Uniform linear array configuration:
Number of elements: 32
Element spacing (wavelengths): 0.75
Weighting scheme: blackman
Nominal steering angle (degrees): -45
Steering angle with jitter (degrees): -43.46
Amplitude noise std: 0.05
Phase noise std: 0.05

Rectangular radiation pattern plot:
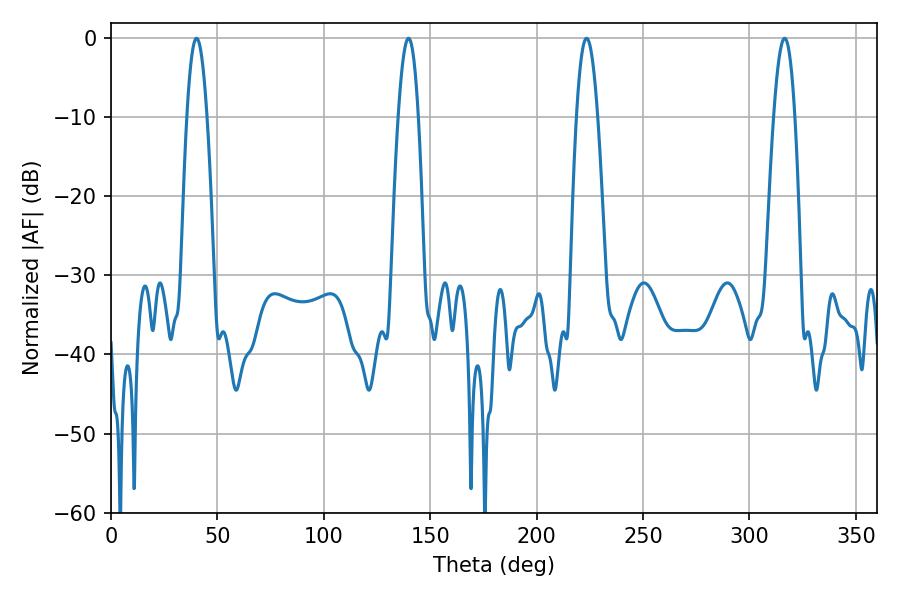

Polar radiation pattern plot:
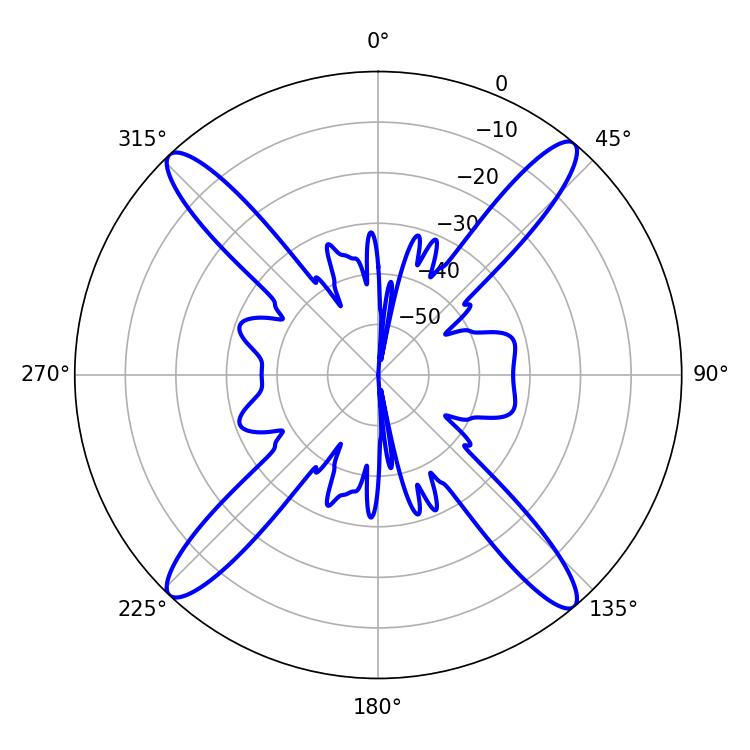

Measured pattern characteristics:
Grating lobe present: TRUE
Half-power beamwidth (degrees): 5.22
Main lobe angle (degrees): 40.14